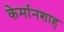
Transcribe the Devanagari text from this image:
केर्मानशाह